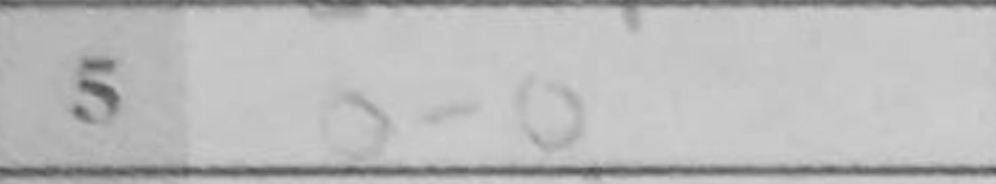
Transcription: O-O